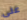
على